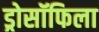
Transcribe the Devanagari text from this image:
ड्रोसॉफिला